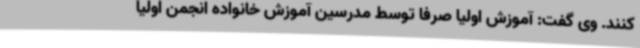
کنند. وی گفت: آموزش اولیا صرفا توسط مدرسین آموزش خانواده انجمن اولیا